Lunatic asylums Madras 1892-1911 - 1892-1911
Year: 1892
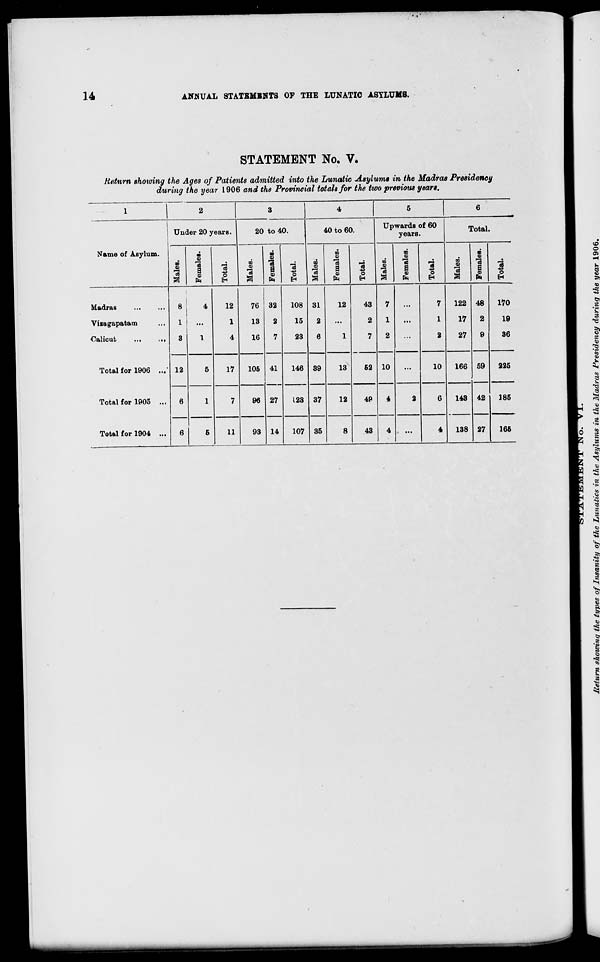
14
ANNUAL STATEMENTS OF THE LUNATIC ASYLUMS.
STATEMENT No. V,
Return showing the Ages of Patients admitted into the Lunatic Asylums in the Madras Presidency
during the year 1906 and the Provincial totals for the two previous years.
1
2
3
4
5
6
Under 20 years.
20 to 40.
40 to 60.
Upwards of 60
years.
Total.
Name of Asylum.
00
1
a
Q
IS
a
ft
13
O
n
00
4)
•a
a 0
"3 43
1
oo
S
13
pa
a 9
13 •*=
o
to
on
3
13
a 5
O
OS
3
13
8
13
a
8
ft
13
e
E-"
Madras
Vizagapatam
Oalicut
...
,.,
8
1
3
4
I
12
1
4
76
13
16
32
2
7
41
27
108
15
23
31
2
6
12
1
43
2
7
7
1
2
...
7
1
2
122
17
27
48
2
9
170
19
36
Total for 1906 ..." 12
6
6
5
17
105
146 39
13
52 10
4
...
10
166 59
42
27
225
Total for 1905 ...
1
7
96
123 37
12
49
2
6
143
185
Total for 1904 ...
5
11
93 14
107 35
8
43
4
...
4
138
166